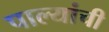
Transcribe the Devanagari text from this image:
पाल्यांची